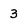
Character: 3